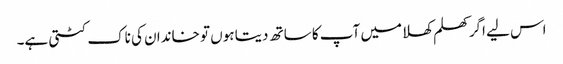
اس لیے اگر کھلم کھلا میں آپ کا ساتھ دیتا ہوں تو خاندان کی ناک کٹتی ہے۔